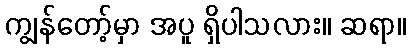
ကျွန်တော့်မှာ အပူ ရှိပါသလား။ ဆရာ။